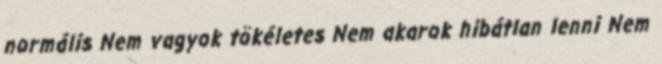
normális Nem vagyok tökéletes Nem akarok hibátlan lenni Nem